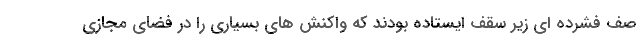
صف فشرده ای زیر سقف ایستاده بودند که واکنش های بسیاری را در فضای مجازی